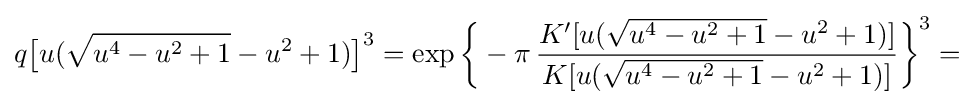
q{\bigl [}u({\sqrt {u^{4}-u^{2}+1}}-u^{2}+1){\bigr ]}^{3}=\exp {\biggl \{}-\pi \,{\frac {K'[u({\sqrt {u^{4}-u^{2}+1}}-u^{2}+1)]}{K[u({\sqrt {u^{4}-u^{2}+1}}-u^{2}+1)]}}{\biggr \}}^{3}=